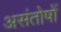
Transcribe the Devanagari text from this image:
असंतोषों